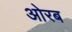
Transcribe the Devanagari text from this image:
ओरब